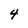
Character: 4